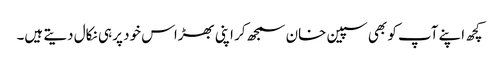
کچھ اپنے آپ کو بھی سپین خان سمجھ کر اپنی بھڑاس خود پر ہی نکال دیتے ہیں۔